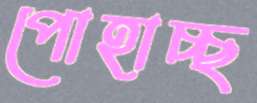
পোহাচ্ছ